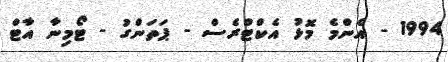
1994 - އެންމެ މޮޅު އެކްޓްރެސް - ޕަތަންގު - ޓޯމިނާ އާޓް